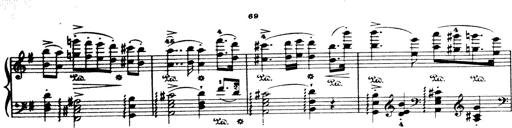
Title: Wagner-Liszt Album
Composer: Franz Liszt